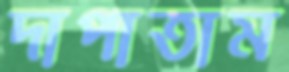
দাপাতাম